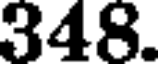
348.